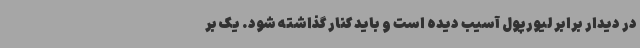
در دیدار برابر لیورپول آسیب دیده است و باید کنار گذاشته شود. یک بر